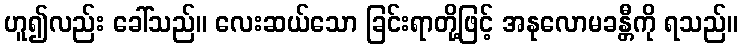
ဟူ၍လည်း ခေါ်သည်။ လေးဆယ်သော ခြင်းရာတို့ဖြင့် အနုလောမခန္တီကို ရသည်။